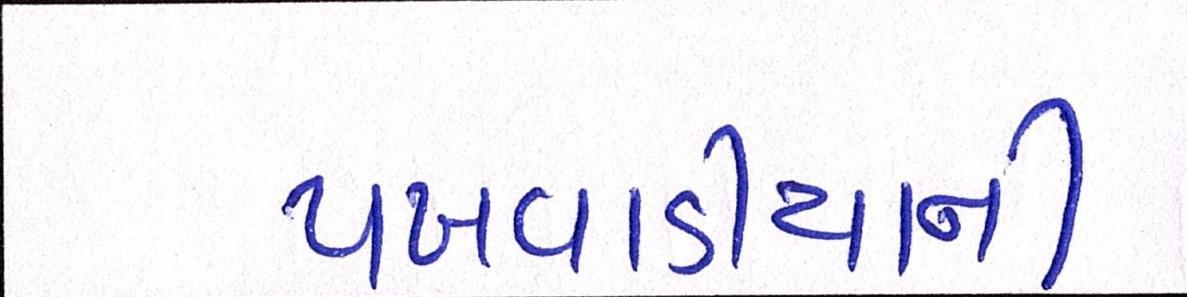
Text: પખવાડીયાની